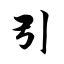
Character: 引